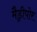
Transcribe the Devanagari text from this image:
मैड्रीपोर